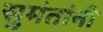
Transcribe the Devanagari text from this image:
सुमंतांनी